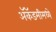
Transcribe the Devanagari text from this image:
अॅकॅडमीमध्ये